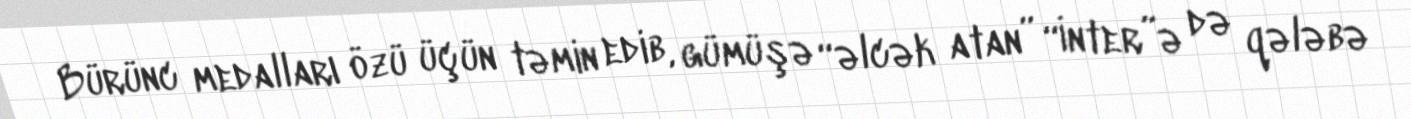
Bürünc medalları özü üçün təmin edib, gümüşə “əlcək atan” “İnter”ə də qələbə